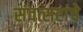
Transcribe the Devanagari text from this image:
संवत्सरांचे